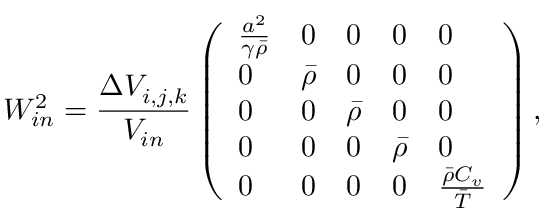
W _ { i n } ^ { 2 } = \frac { \Delta V _ { i , j , k } } { V _ { i n } } \left( \begin{array} { l l l l l } { \frac { a ^ { 2 } } { \gamma \bar { \rho } } } & { 0 } & { 0 } & { 0 } & { 0 } \\ { 0 } & { \bar { \rho } } & { 0 } & { 0 } & { 0 } \\ { 0 } & { 0 } & { \bar { \rho } } & { 0 } & { 0 } \\ { 0 } & { 0 } & { 0 } & { \bar { \rho } } & { 0 } \\ { 0 } & { 0 } & { 0 } & { 0 } & { \frac { \bar { \rho } C _ { v } } { \bar { T } } } \end{array} \right) ,